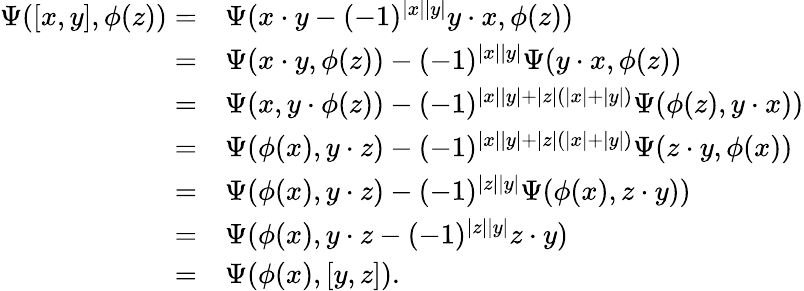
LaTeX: \begin{array}{rl}{\Psi([x,y],\phi(z))=}&{\Psi(x\cdot y-(-1)^{|x||y|}y\cdot x,\phi(z))}\\ {=}&{\Psi(x\cdot y,\phi(z))-(-1)^{|x||y|}\Psi(y\cdot x,\phi(z))}\\ {=}&{\Psi(x,y\cdot\phi(z))-(-1)^{|x||y|+|z|(|x|+|y|)}\Psi(\phi(z),y\cdot x))}\\ {=}&{\Psi(\phi(x),y\cdot z)-(-1)^{|x||y|+|z|(|x|+|y|)}\Psi(z\cdot y,\phi(x))}\\ {=}&{\Psi(\phi(x),y\cdot z)-(-1)^{|z||y|}\Psi(\phi(x),z\cdot y))}\\ {=}&{\Psi(\phi(x),y\cdot z-(-1)^{|z||y|}z\cdot y)}\\ {=}&{\Psi(\phi(x),[y,z]).}\end{array}